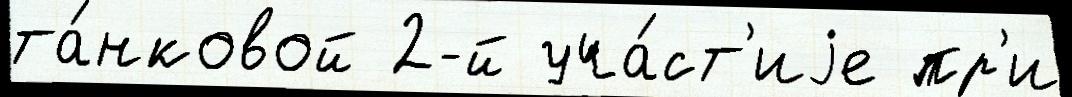
та́нковой 2-й уча́ст'иjе пр'и